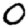
Digit: 0